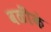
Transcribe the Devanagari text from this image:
वळींकं